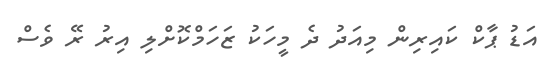
އަޑު ޕާކް ކައިރިން މިއަދު ދެ މީހަކު ޒަހަމްކޮށްލި އިރު ރޭ ވެސް